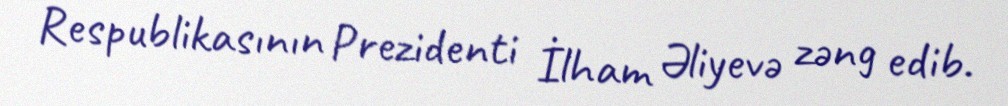
Respublikasının Prezidenti İlham Əliyevə zəng edib.